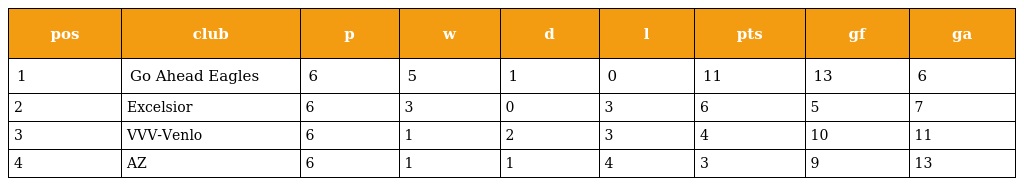
| pos | club | p | w | d | l | pts | gf | ga |
 | --- | --- | --- | --- | --- | --- | --- | --- | --- |
 | 1 | Go Ahead Eagles | 6 | 5 | 1 | 0 | 11 | 13 | 6 |
 | 2 | Excelsior | 6 | 3 | 0 | 3 | 6 | 5 | 7 |
 | 3 | VVV-Venlo | 6 | 1 | 2 | 3 | 4 | 10 | 11 |
 | 4 | AZ | 6 | 1 | 1 | 4 | 3 | 9 | 13 |